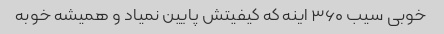
خوبی سیب ۳۶۰‌ اینه که کیفیتش پایین نمیاد و همیشه خوبه